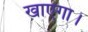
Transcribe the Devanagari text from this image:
खाएगा।